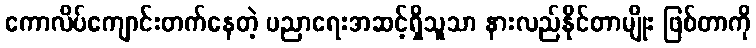
ကောလိပ်ကျောင်းတက်နေတဲ့ ပညာရေးအဆင့်ရှိသူသာ နားလည်နိုင်တာမျိုး ဖြစ်တာကို